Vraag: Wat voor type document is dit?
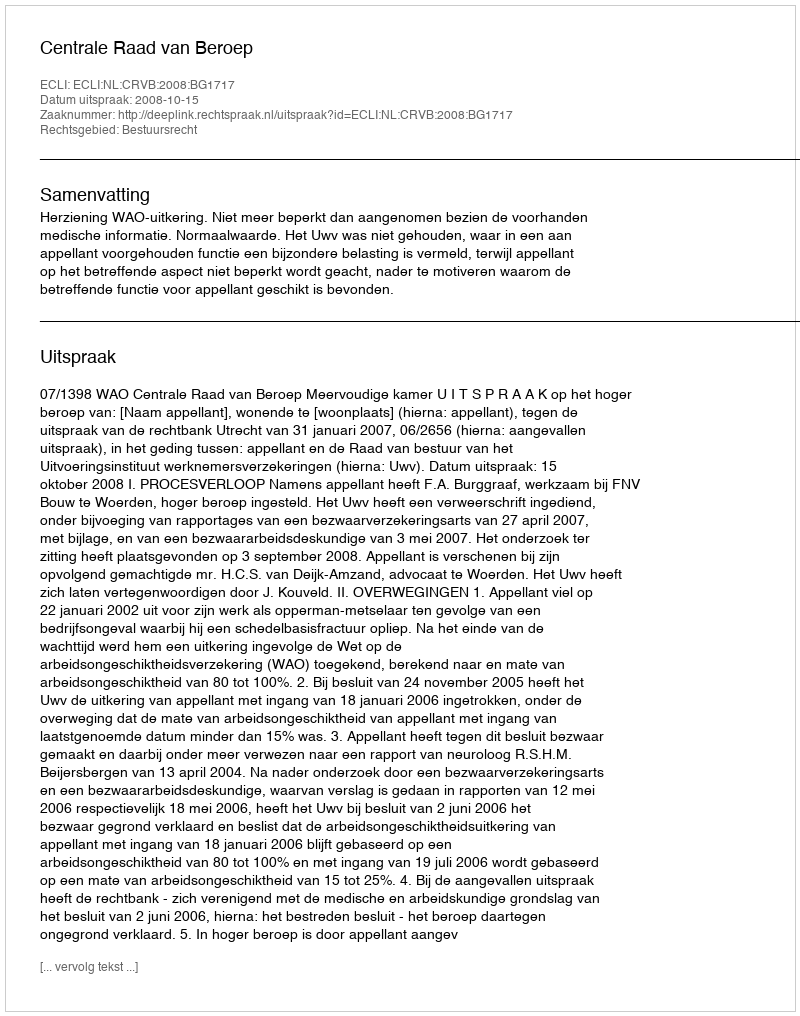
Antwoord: Uitspraak